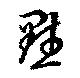
黙